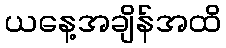
ယနေ့အချိန်အထိ